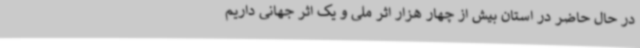
در حال حاضر در استان بیش از چهار هزار اثر ملی و یک اثر جهانی داریم